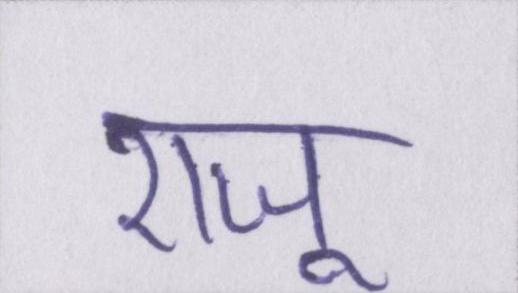
राजू